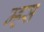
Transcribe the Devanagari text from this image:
म्हस